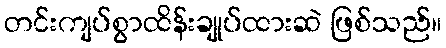
တင်းကျပ်စွာထိန်းချုပ်ထားဆဲ ဖြစ်သည်။